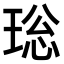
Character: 𤥼